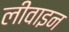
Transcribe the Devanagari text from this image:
लीवाइन